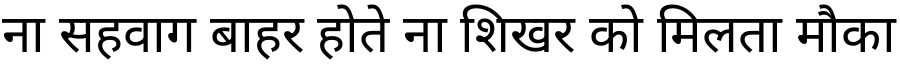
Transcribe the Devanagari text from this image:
ना सहवाग बाहर होते ना शिखर को मिलता मौका